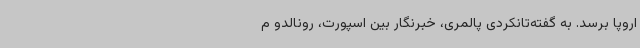
اروپا برسد. به گفته‌تانکردی پالمری، خبرنگار بین اسپورت، رونالدو م